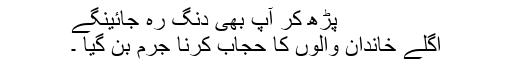
پڑھ کر آپ بھی دنگ رہ جائینگے
اگلے خاندان والوں کا حجاب کرنا جرم بن گیا ۔